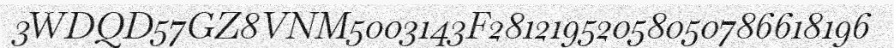
3WDQD57GZ8VNM5003143F28121952058050786618196